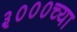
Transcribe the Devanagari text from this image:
३०००च्या